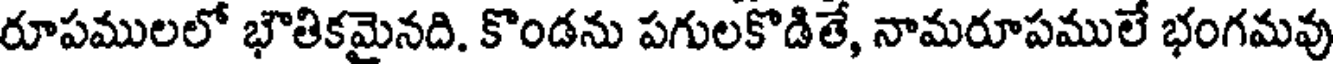
రూపములలో భౌతికమైనది. కొండను పగులకొడితే, నామరూపములే భంగమవు